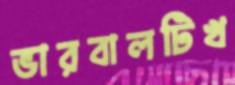
ভারবালটিখ